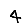
Digit: 4